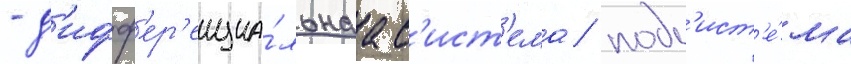
- д'ифф'ер'енциа́льнаа с'ист'ема/ подс'ист'е́ма